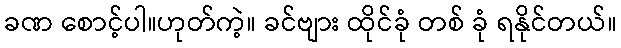
ခဏ စောင့်ပါ။ဟုတ်ကဲ့။ ခင်ဗျား ထိုင်ခုံ တစ် ခုံ ရနိုင်တယ်။